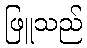
ဖြူသည်